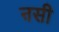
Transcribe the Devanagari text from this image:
ऩसी